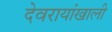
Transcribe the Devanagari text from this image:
देवरायांखाली